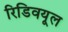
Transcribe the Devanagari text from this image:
रिडिवयूल